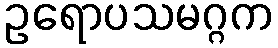
ဥရောပသမဂ္ဂက